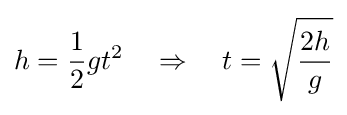
h={\frac {1}{2}}gt^{2}\quad \Rightarrow \quad t={\sqrt {\frac {2h}{g}}}